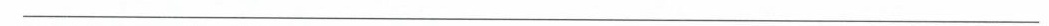
___